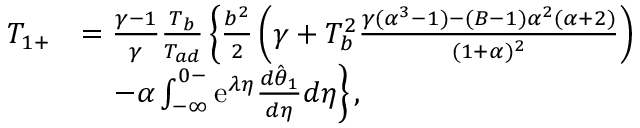
\begin{array} { r l } { T _ { 1 + } } & { = \frac { \gamma - 1 } { \gamma } \frac { T _ { b } } { T _ { a d } } \left\{ \frac { b ^ { 2 } } { 2 } \left( \gamma + T _ { b } ^ { 2 } \frac { \gamma ( \alpha ^ { 3 } - 1 ) - ( B - 1 ) \alpha ^ { 2 } ( \alpha + 2 ) } { ( 1 + \alpha ) ^ { 2 } } \right) \right. } \\ & { \left. \quad - \alpha \int _ { - \infty } ^ { 0 - } \mathrm { e } ^ { \lambda \eta } \frac { d \hat { \theta } _ { 1 } } { d \eta } d \eta \right\} , } \end{array}